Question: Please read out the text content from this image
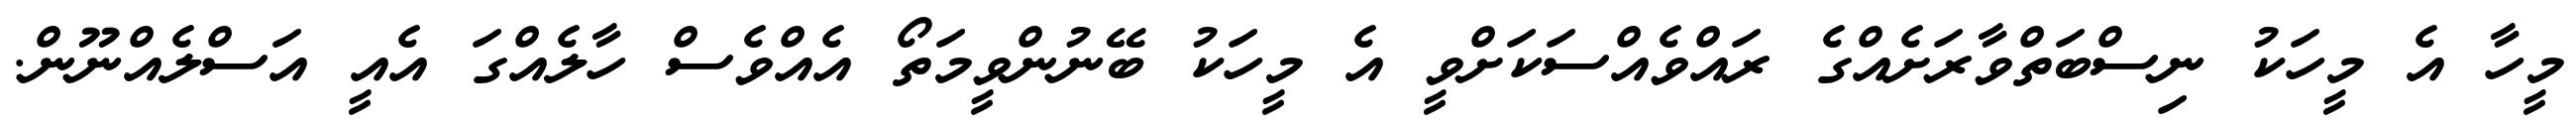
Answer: މީހާ އެ މީހަކު ނިސްބަތްވާރަށެއްގެ ރައްވެއްސަކަށްވީ އެ މީހަކު ބޭނުންވީމަތޯ އެއްވެސް ހާލެއްގަ އެއީ އަސްލެއްނޫން.